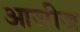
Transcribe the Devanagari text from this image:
आजीज